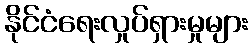
နိုင်ငံရေးလှုပ်ရှားမှုများ